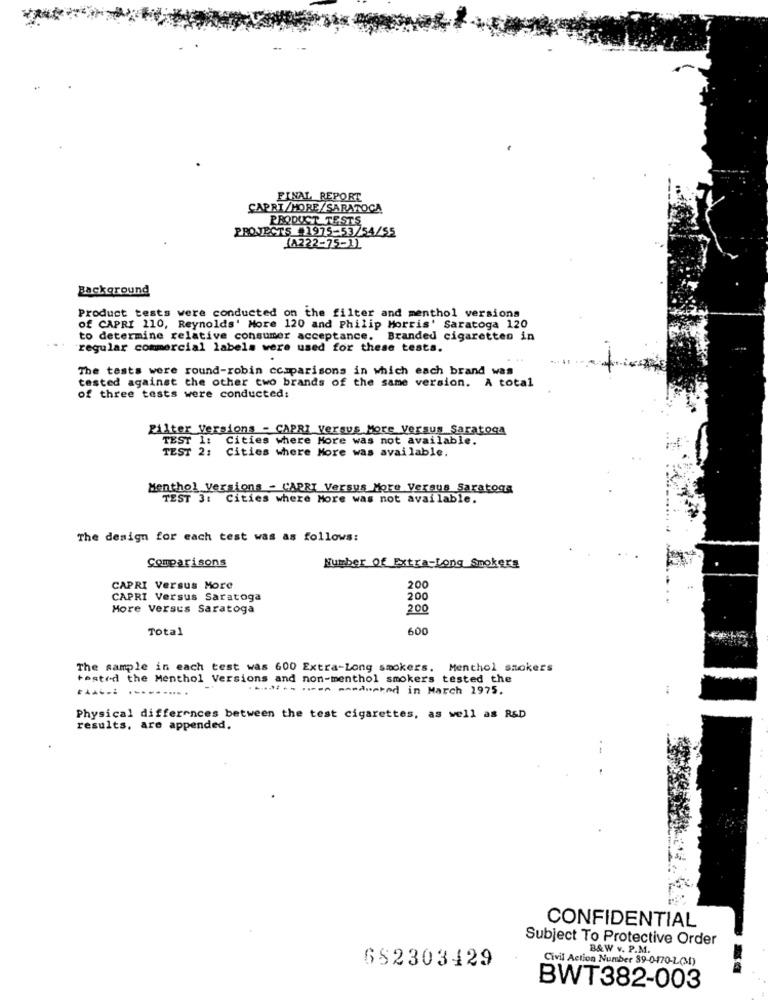
FINAL REPORT
CAPRI/MORE/SARATOGA
PRODUCT TESTS
PROJECTS 11975-53/54/55
(A222-75-1)
Background
Product tests were conducted on the filter and menthol versions
Of CAPRI 110, Reynolds' More 120 and Philip Morris' Saratoga 120
to determine relative consumer acceptance. Branded cigaretten in
regular commercial labels were used for these tests.
The tests were round-robin comparisons in which each brand was
tested against the other two brands of the same version. A total
of three tests were conducted:
Filter Versions - CAPRI Versus More Versus Saratoga
TEST 1:
Cities where More was not available.
TEST 2;
Cities where More was available.
Menthol Versions - CAPRI Versus More Versus Saratoss
TEST 3: Cities where More was not available.
The design for each test was as follows:
Comparisons
Number Of Extra-Long Smokers
CAPRI Versus More
200
CAPRI Versus Saratoga
200
More Versus Saratoga
200
Total
600
The sample in each test was 600 Extra-Long smokers. Menthol smokers
rested the Menthol Versions and non-menthol smokers tested the
.----- ---- --- rød in March 1975.
Physical differences between the test cigarettes, as well as R&D
results. are appended.
--
CONFIDENTIAL
Subject To Protective Order
B&W v. P.M.
Civil Action Number 39-0-470-L(1)
652303429
BWT382-003